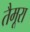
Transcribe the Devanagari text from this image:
तैमूरा